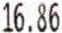
16.86